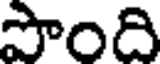
పొంది